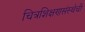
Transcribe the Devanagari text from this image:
चित्रशिक्षणसंस्थेची